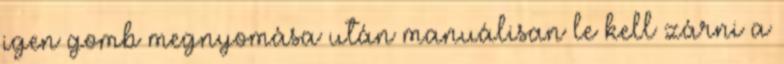
igen gomb megnyomása után manuálisan le kell zárni a